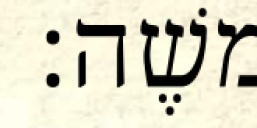
משֶׁה׃